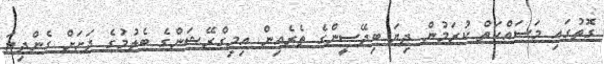
ގޮތުގައި މަސައްކަތް ކުރަމުން ދިޔަ ބިދޭސީންގެ ތެރެއިން އިމިގްރޭޝަންގެ ބެލުމުގެ ދަށަށް ގެންދިޔަ